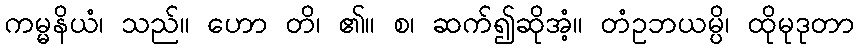
ကမ္မနိယံ၊ သည်။ ဟော တိ၊ ၏။ စ၊ ဆက်၍ဆိုအံ့။ တံဥဘယမ္ပိ၊ ထိုမုဒုတာ